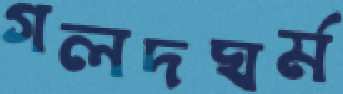
গলদঘর্ম